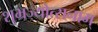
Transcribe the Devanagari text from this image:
शुभ्रज्योत्सनाम्